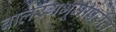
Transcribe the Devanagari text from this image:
बालरंगभूमीपर्यंत